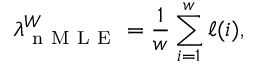
\lambda _ { \mathrm { ~ n ~ M ~ L ~ E ~ } } ^ { W } = \frac { 1 } { w } \sum _ { i = 1 } ^ { w } \ell ( i ) ,